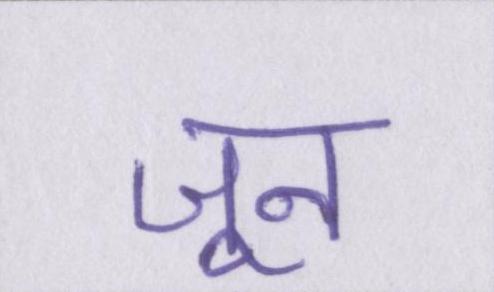
जून